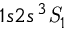
1 s 2 s \, { \mathrm { } } ^ { 3 } { \mathit { S } } _ { 1 }